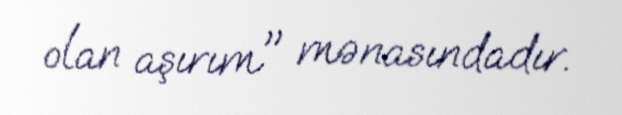
olan aşırım" mənasındadır.